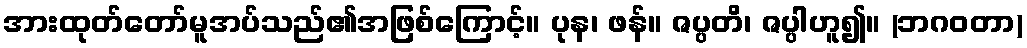
အားထုတ်တော်မူအပ်သည်၏အဖြစ်ကြောင့်။ ပုန၊ ဖန်။ ဇပ္ပတိ၊ ဇပ္ပါဟူ၍။ (ဘဂဝတာ)